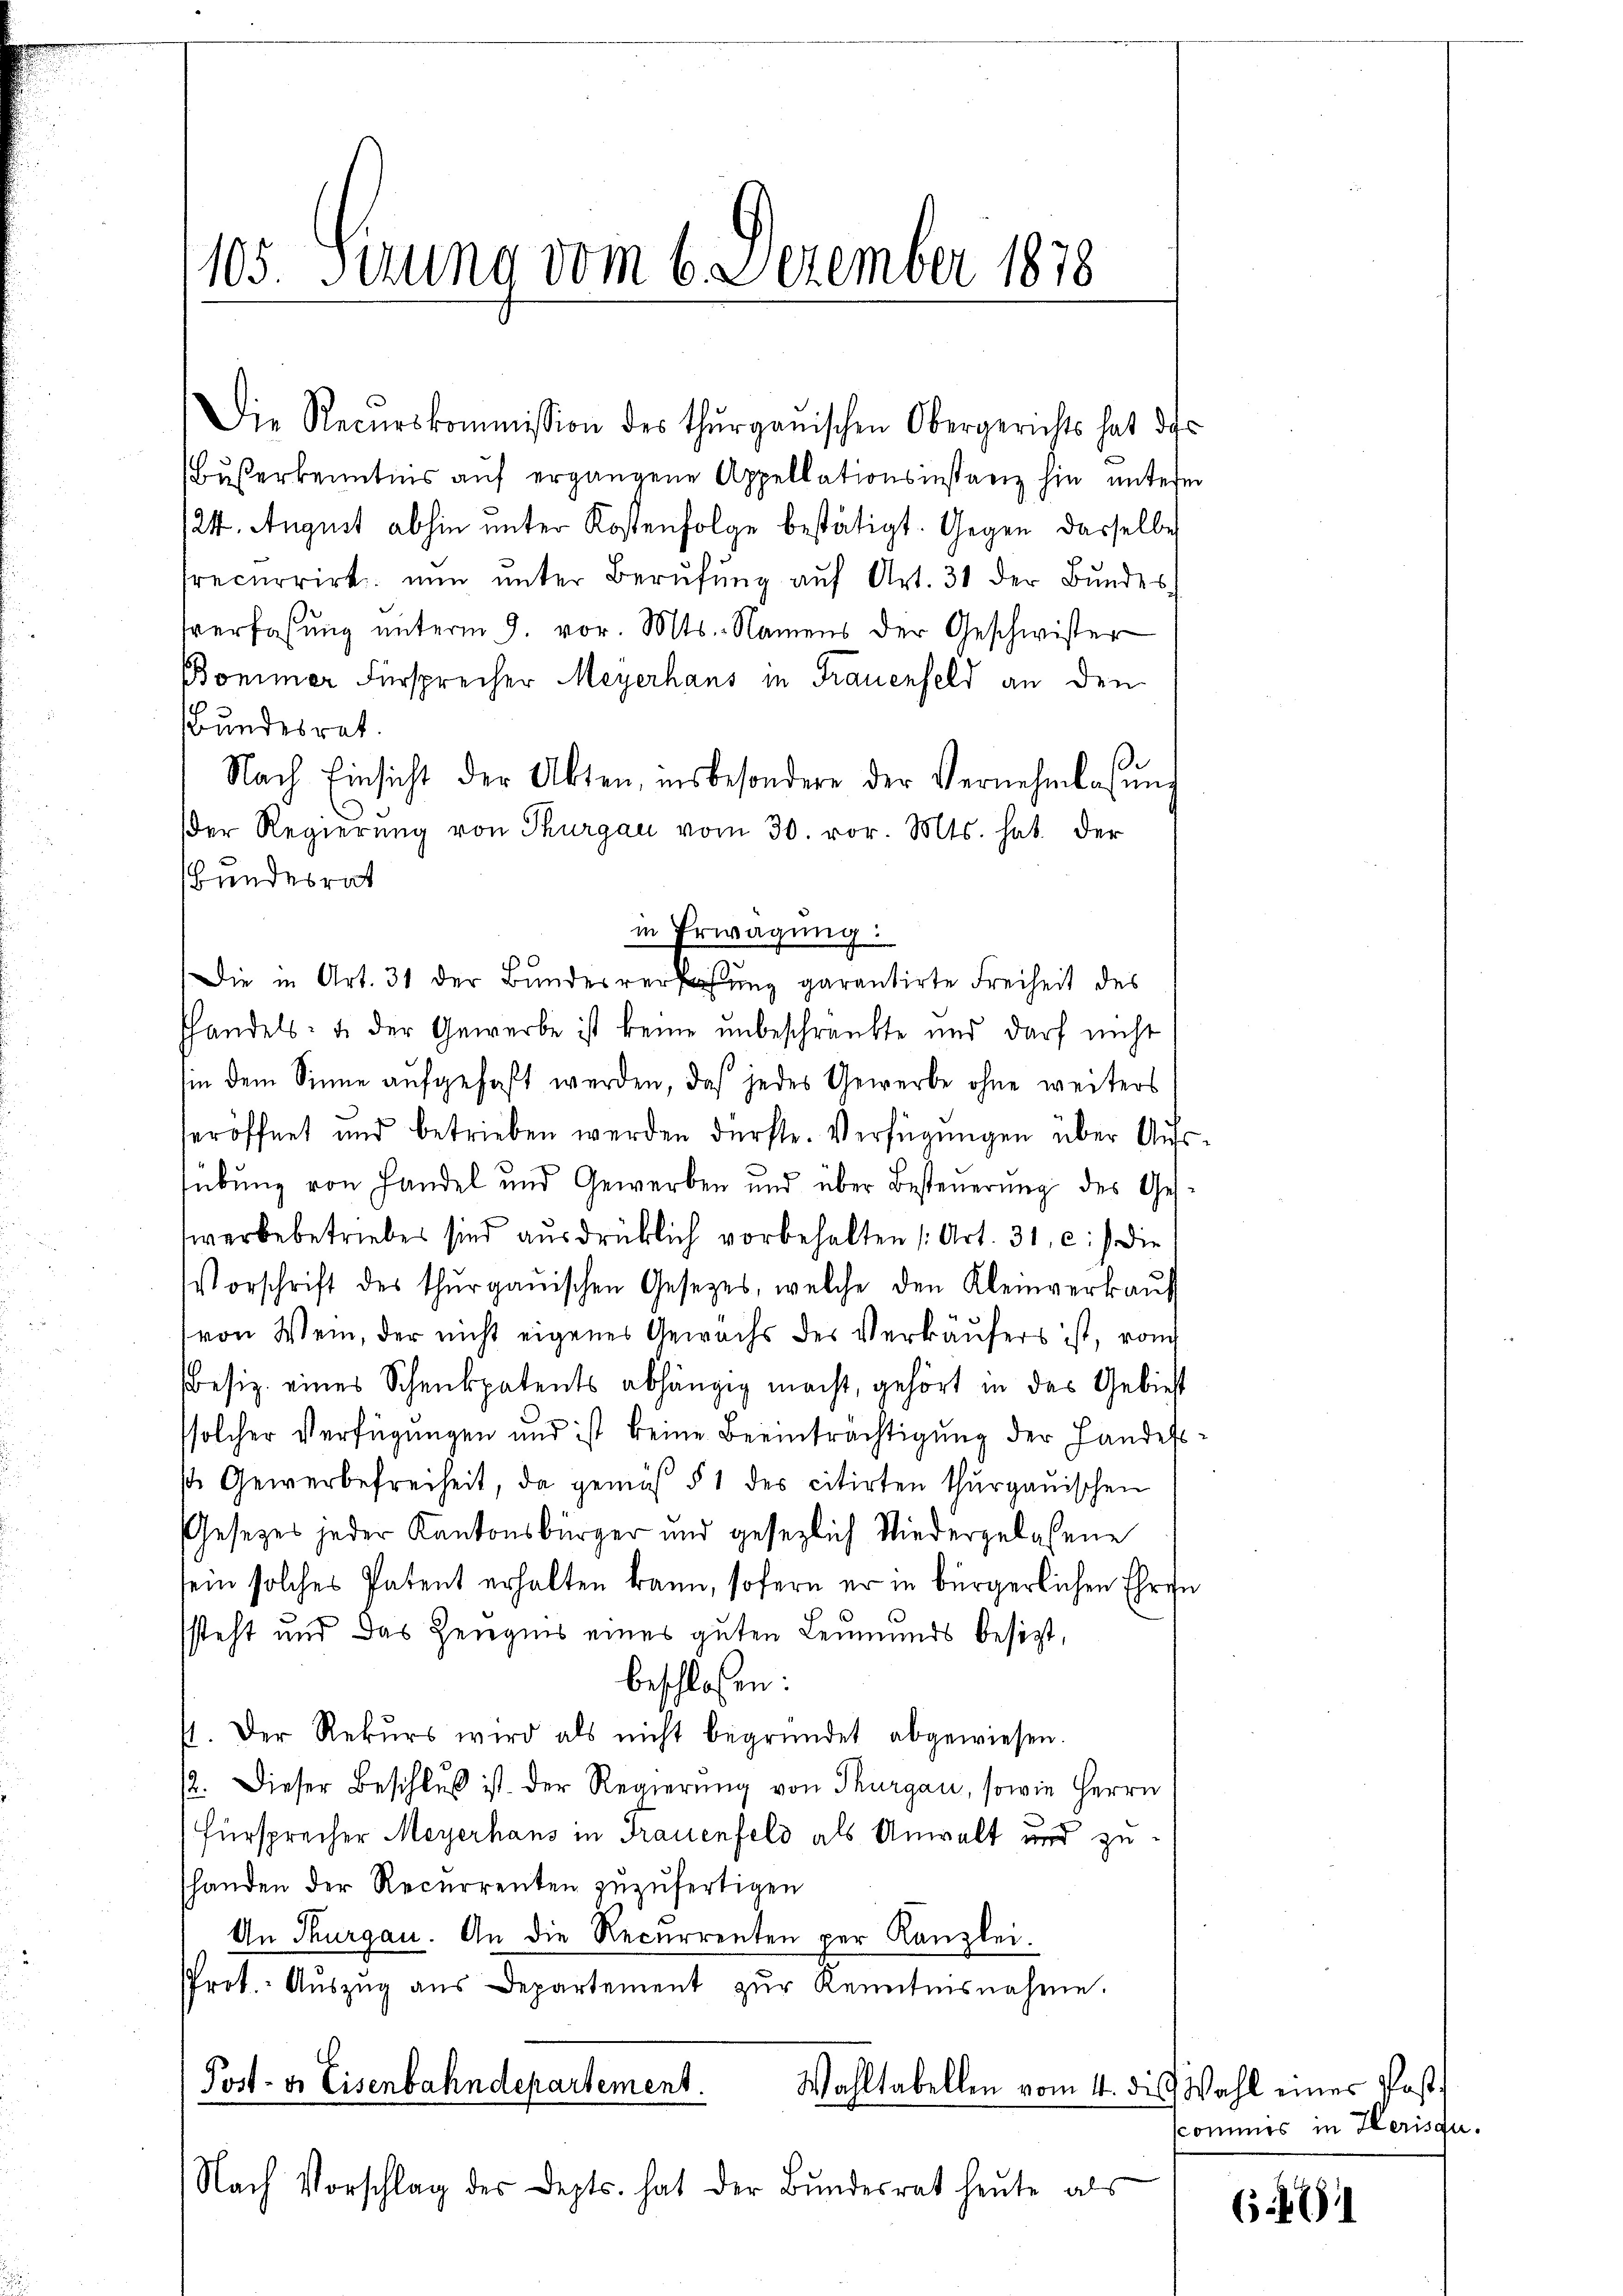
105. Serung vom 6. Dezember 1878

Die Recurskommission des thurgauischen Obergerichts hat de
Buserkenntnus auf ergangene Appellationsinstanz hin untere
/24. August abhin unter Kostenfolge bestätigt. Gegen dasselben
recurrirt nŭn ŭnter Berufung aŭf Art. 31 der Bundes
sverfaßung unterm 9. vor. Mts. Namens der Geschwister
Bomimer Fürsprecher Meyerhaus in Frauenfeld an den
Bundesrat.
Nach Einsicht der Akten, insbesondere der Vernehmlassŭng
Der Regierŭng von Thurgau vom 30. vor. Mts. hat. Der
Bundesrat
handels- u. der Gewerbe ist keine unbeschränkte und darf nicht
in dem Sinne aufgefaßt werden, daß jedes Gewerbe ohne weiters
eröffnet und betrieben werden dürfte. Verfügungen über Aufs
übung von Handel und Gewerben und über Besteuerung des Ges
werbebetriebes sind ausdrücklich vorbehalten (Art. 31, c) die
Vorschrift des thurgauischen Gesetzes, welche den Kleinverkaŭf
von Wein, der nicht eigenes Gewächs des Verkäufers ist, von
Besiz eines Schenkpatents abhängig macht, gehört in das Gebiet
solcher Verfügungen und ist keine Beeinträchtigung der Handess
st Gewerbefreiheit, da gemäß § 1 des citirten thurgauischen
Gesetzes jeder Kantonsbürger und gesezlich Niedergelassene
sein solches Patent erhalten kann, sofern er in bürgerlichen Ehren
steht und das Zeugnis eines guten Leumunds besizt,
beschlossen:
G. Der Rekŭrs wird als nicht begründet abgewiesen.
12. Dieser Beschlŭβ ist. Der Regierŭng von Thurgau, sowie Herrn
Fürsprecher Meyerhaus in Frauenfeld als Anwalt und zushanden der Recurrenten zuzufertigen
An Thurgau. An die Recurrenten per Kanzlei.
Prot. Aŭszŭg aŭs Departement zŭr Kenntnisnahme.
Post- u. Eisenbahndepartement.
Wahltabellen vom 4. die Wahl einer Post¬
Nach Vorschlag des Depts. hat der Bŭndesrat heute als

in Erwägung
Die in Art. 31 der Bundesverfung garantirte Freiheit des

e

kommes in Herisau.

(.471